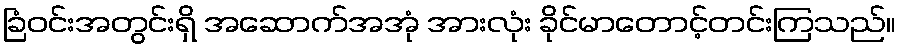
ခြံဝင်းအတွင်းရှိ အဆောက်အအုံ အားလုံး ခိုင်မာတောင့်တင်းကြသည်။